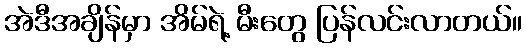
အဲဒီအချိန်မှာ အိမ်ရဲ့ မီးတွေ ပြန်လင်းလာတယ်။